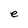
Character: e